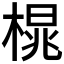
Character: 𪳒